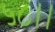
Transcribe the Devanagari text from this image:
५८।।